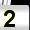
Digit: 2